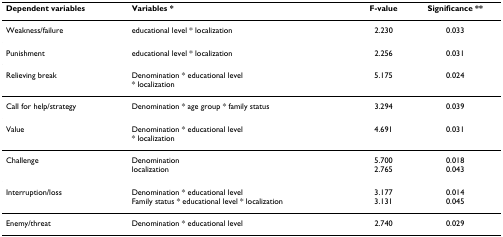
<table><thead><tr><td><b>Dependent variables</b></td><td><b>Variables *</b></td><td><b>F-value</b></td><td><b>Significance **</b></td></tr></thead><tbody><tr><td>Weakness/failure</td><td>educational level * localization</td><td>2.230</td><td>0.033</td></tr><tr><td>Punishment</td><td>educational level * localization</td><td>2.256</td><td>0.031</td></tr><tr><td>Relieving break</td><td>Denomination * educational level* localization</td><td>5.175</td><td>0.024</td></tr><tr><td>Call for help/strategy</td><td>Denomination * age group * family status</td><td>3.294</td><td>0.039</td></tr><tr><td>Value</td><td>Denomination * educational level* localization</td><td>4.691</td><td>0.031</td></tr><tr><td>Challenge</td><td>Denominationlocalization</td><td>5.7002.765</td><td>0.0180.043</td></tr><tr><td>Interruption/loss</td><td>Denomination * educational levelFamily status * educational level * localization</td><td>3.1773.131</td><td>0.0140.045</td></tr><tr><td>Enemy/threat</td><td>Denomination * educational level</td><td>2.740</td><td>0.029</td></tr></tbody></table>